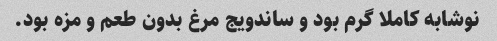
نوشابه کاملا گرم بود و ساندویج مرغ بدون طعم و مزه بود.